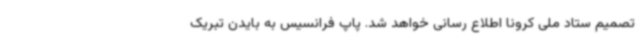
تصمیم ستاد ملی کرونا اطلاع رسانی خواهد شد. پاپ فرانسیس به بایدن تبریک